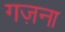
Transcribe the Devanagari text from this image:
गज़ना